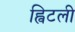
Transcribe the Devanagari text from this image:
ह्विटली